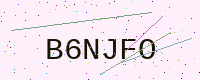
Text: B6NJFO